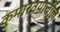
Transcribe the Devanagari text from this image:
कुमारवयातील